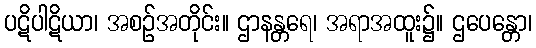
ပဋိပါဋိယာ၊ အစဉ်အတိုင်း။ ဌာနန္တရေ၊ အရာအထူး၌။ ဌပေန္တော၊